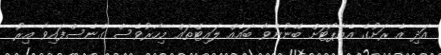
އަދި އެ ރަށުގެ އެއާޕޯޓަށް ބޭނުންވާ ބައެއް ލައިޓްތައް މިހާރުވެސް ގެނެސްފައިވާ އިރު